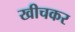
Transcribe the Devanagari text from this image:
खीचकर